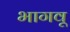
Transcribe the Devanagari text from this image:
भागवू